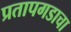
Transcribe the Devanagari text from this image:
प्रतापगडाचा